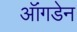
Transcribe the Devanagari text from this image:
ऑंगडेन